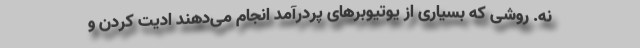
نه. روشی که بسیاری از یوتیوبرهای پردرآمد انجام می‌دهند ادیت کردن و